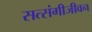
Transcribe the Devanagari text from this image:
सत्संगीजीवन